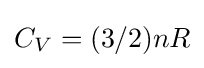
C_{V}=(3/2)nR